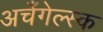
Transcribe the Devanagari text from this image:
अर्चँगेल्स्क